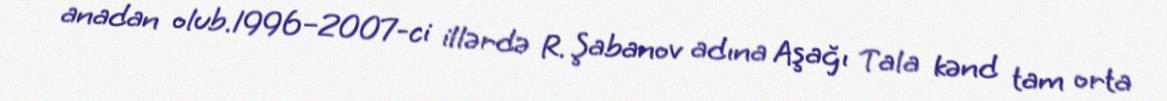
anadan olub.1996–2007-ci illərdə R. Şabanov adına Aşağı Tala kənd tam orta